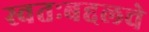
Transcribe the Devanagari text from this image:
स्वतःबद्दलचे